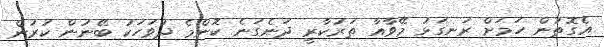
އެގޮތުން ހަމަށް ރަނގަޅު މޭވާއާ ތަރުކާރީ ދަނެގަނެ ކޮންމެ ދުވަހަކު ބޭނުން ކުރުން